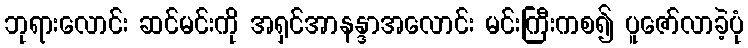
ဘုရားလောင်း ဆင်မင်းကို အရှင်အာနန္ဒာအလောင်း မင်းကြီးကစ၍ ပူဇော်လာခဲ့ပုံ